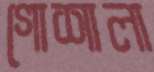
গোশালা